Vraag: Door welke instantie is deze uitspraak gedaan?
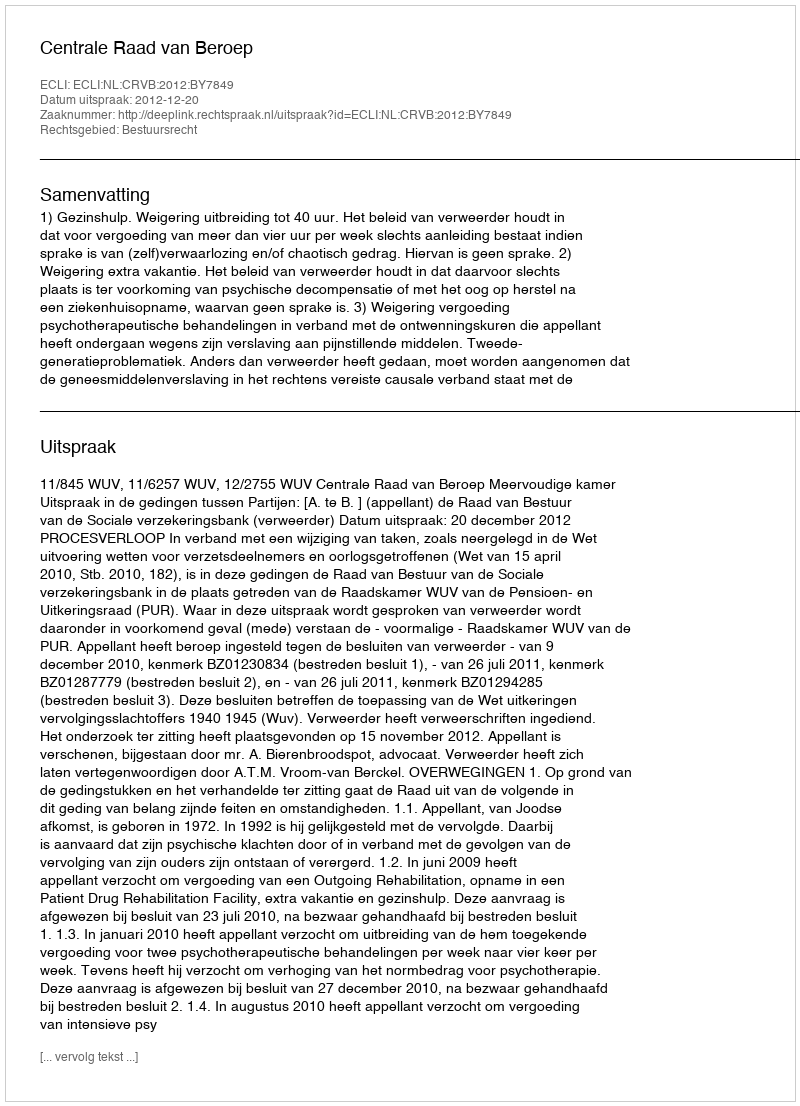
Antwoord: Centrale Raad van Beroep